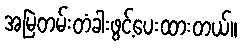
အမြဲတမ်းတံခါးဖွင့်ပေးထားတယ်။